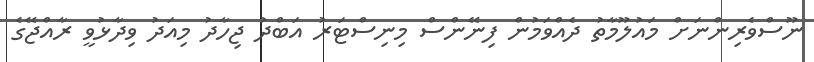
ނޫސްވެރިންނަށް މައުލޫމާތު ދެއްވަމުން ފިނޭންސް މިނިސްޓަރު އަބްދު ޖިހާދު މިއަދު ވިދާޅުވީ ރާއްޖޭގެ